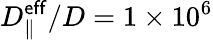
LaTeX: D_{\parallel}^{\mathsf{eff}}/D=1\times 10^{6}